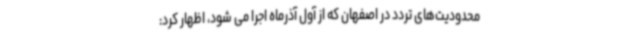
محدودیت‌های تردد در اصفهان که از آول آذرماه اجرا می شود، اظهار کرد: